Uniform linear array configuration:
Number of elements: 24
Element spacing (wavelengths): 0.75
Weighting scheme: exponential
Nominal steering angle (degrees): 60
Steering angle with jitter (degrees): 58.329
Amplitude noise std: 0.05
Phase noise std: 0.05

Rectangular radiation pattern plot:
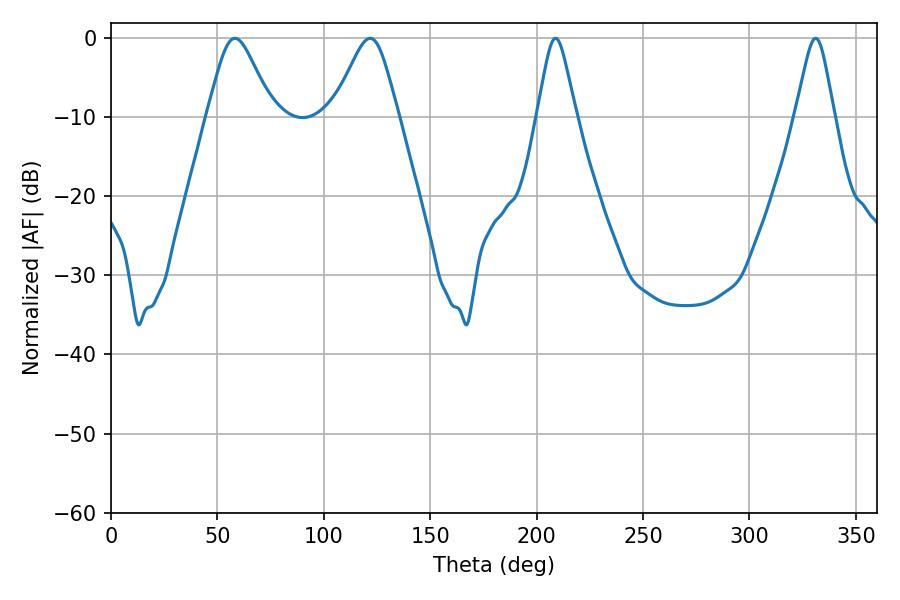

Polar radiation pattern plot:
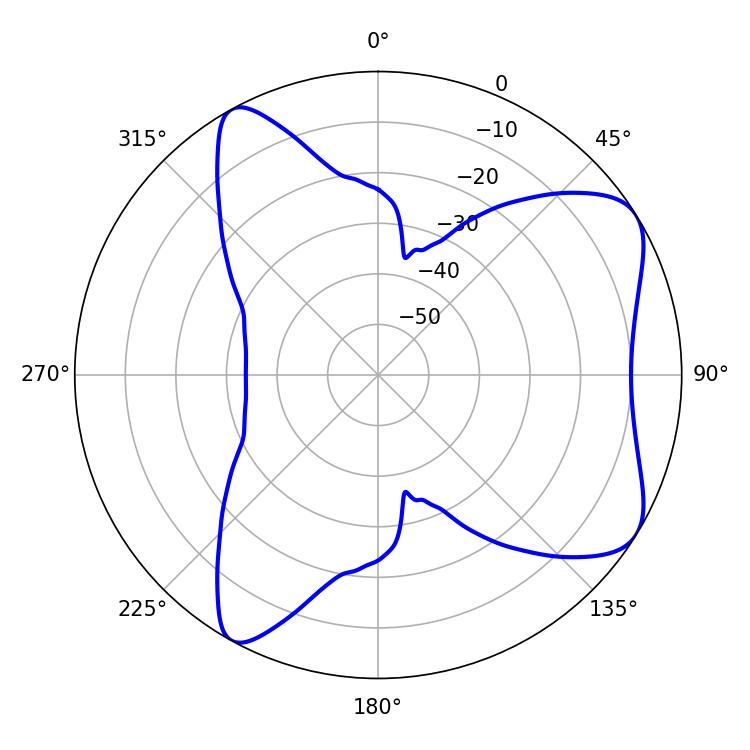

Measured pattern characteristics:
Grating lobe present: TRUE
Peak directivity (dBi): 7.13
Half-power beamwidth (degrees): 14.94
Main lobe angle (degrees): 121.68